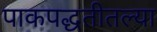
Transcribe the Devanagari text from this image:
पाकपद्धतीतल्या